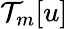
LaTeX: \mathcal{T}_{m}[u]